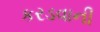
કરડવાની